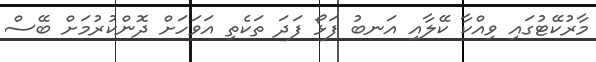
މާރުކޭޓުގައި ވިއްކާ ކޭލާއި އަނބު ފަޅޯ ފަދަ ތަކެތި އަވަހަށް ދޮންކުރުމަށް ބޭސް